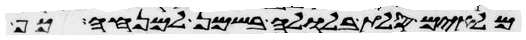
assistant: מלאים סלת בלולה בשמן למנחה כף